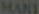
MART